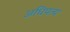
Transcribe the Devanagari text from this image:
अघिपत्य